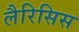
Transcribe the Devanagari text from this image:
लैरिसिस